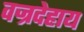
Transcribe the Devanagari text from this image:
वज्रदेहाय